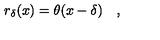
r _ { \delta } ( x ) = \theta ( x - \delta ) \quad ,